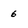
Character: 6